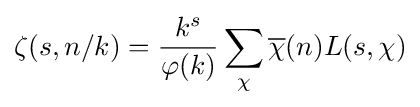
\zeta (s,n/k)={\frac {k^{s}}{\varphi (k)}}\sum _{\chi }{\overline {\chi }}(n)L(s,\chi )